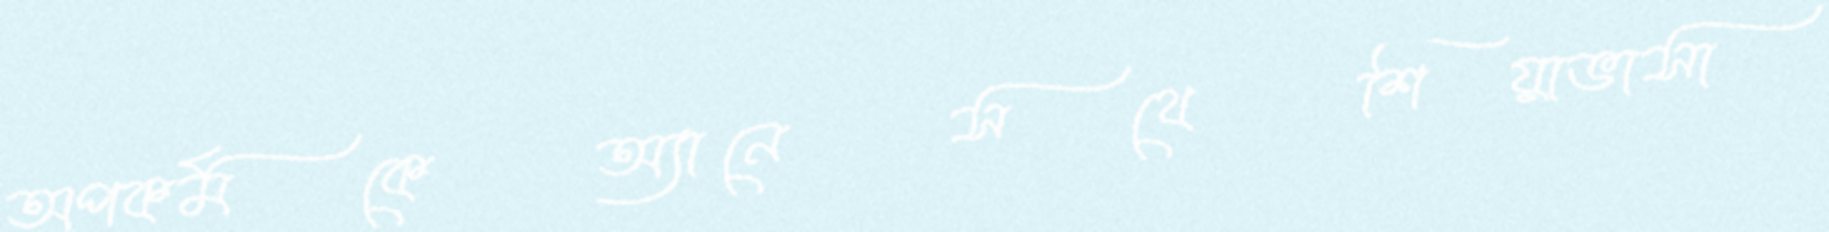
অপকর্মকেঅ্যানেসথেশিয়াভাসা